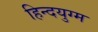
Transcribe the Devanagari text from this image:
हिन्दयुग्म